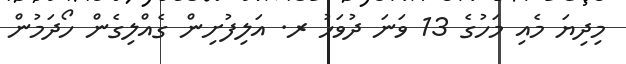
މިދިޔަ މެއި މަހުގެ 13 ވަނަ ދުވަހު ރ. އަލިފުށިން ގެއްލިގެން ހޯދަމުން